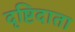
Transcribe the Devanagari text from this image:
दृष्टिदाता